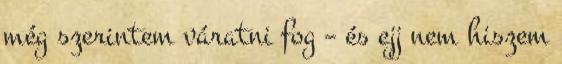
még szerintem váratni fog – és ejj nem hiszem